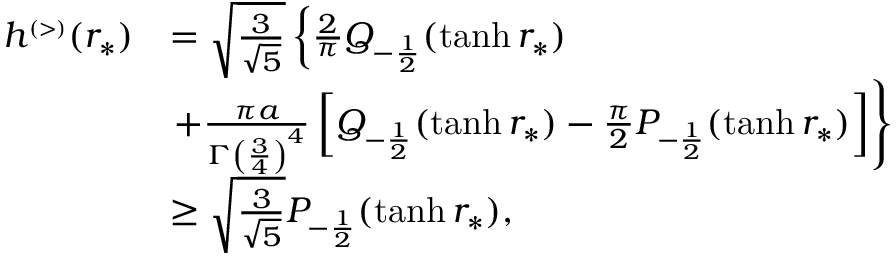
\begin{array} { r l } { h ^ { \scriptscriptstyle ( > ) } ( r _ { * } ) } & { = \sqrt { \frac { 3 } { \sqrt { 5 } } } \left\{ \frac { 2 } { \pi } Q _ { - \frac { 1 } { 2 } } ( \operatorname { t a n h } r _ { * } ) \right. } \\ & { \left. + \frac { \pi a } { \Gamma \left( \frac { 3 } { 4 } \right) ^ { 4 } } \left[ Q _ { - \frac { 1 } { 2 } } ( \operatorname { t a n h } r _ { * } ) - \frac { \pi } { 2 } P _ { - \frac { 1 } { 2 } } ( \operatorname { t a n h } r _ { * } ) \right] \right\} } \\ & { \ge \sqrt { \frac { 3 } { \sqrt { 5 } } } P _ { - \frac { 1 } { 2 } } ( \operatorname { t a n h } r _ { * } ) , } \end{array}